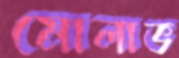
মোলাভ